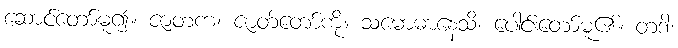
ဆောင်တော်မူ၍။ ဇာတကံ၊ ဇာတ်တော်ကို။ သမောဓာနေသိ၊ ပေါင်းတော်မူ၏။ တဒါ၊